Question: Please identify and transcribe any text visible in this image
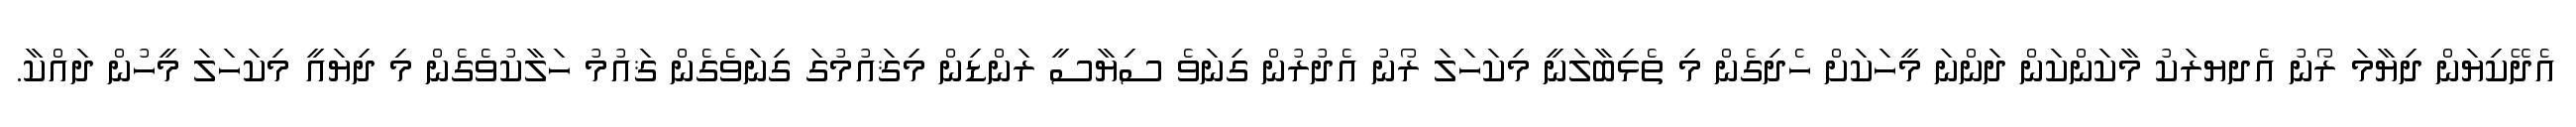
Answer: އެދޭކިޔަން ދިޔާމަ ރޯނު އެދޔރަކު މާކަންކަން ދަންނަ މީހަކަށް ހެދިގެން މި ތެޅިބާލަނީ މިކަހަލަ ރޯނު އެދުރުން ގިނަވެ ސިޔާސީ ރަންޑިން މިޤައުމުގަ ގިނަވެގެން ޤައުމު ހަލާކުވެގެން މި ދިޔައީ މިކަހަލަ މީހުން ދައްކާ.